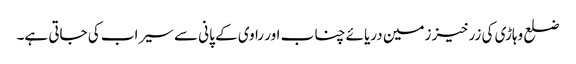
ضلع وہاڑی کی زرخیز زمین دریائے چناب اور راوی کے پانی سے سیراب کی جاتی ہے۔